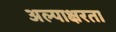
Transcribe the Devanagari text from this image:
अल्पाक्षरता